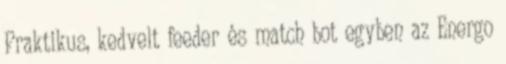
Praktikus, kedvelt feeder és match bot egyben az Energo